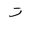
Letter: _ta